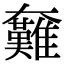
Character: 𡚟